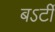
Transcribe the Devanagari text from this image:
बऽर्टी